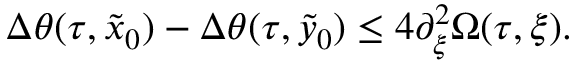
\Delta \theta ( \tau , \tilde { x } _ { 0 } ) - \Delta \theta ( \tau , \tilde { y } _ { 0 } ) \leq 4 \partial _ { \xi } ^ { 2 } \Omega ( \tau , \xi ) .